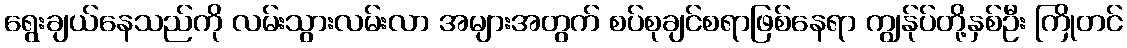
ရွေးချယ်နေသည်ကို လမ်းသွားလမ်းလာ အများအတွက် စပ်စုချင်စရာဖြစ်နေရာ ကျွန်ုပ်တို့နှစ်ဦး ကြိုတင်